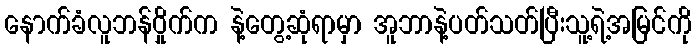
နောက်ခံလူဘန်ဝှိုက်က နဲ့တွေ့ဆုံရာမှာ အူဘာနဲ့ပတ်သတ်ပြီးသူ့ရဲ့အမြင်ကို